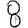
Digit: 8